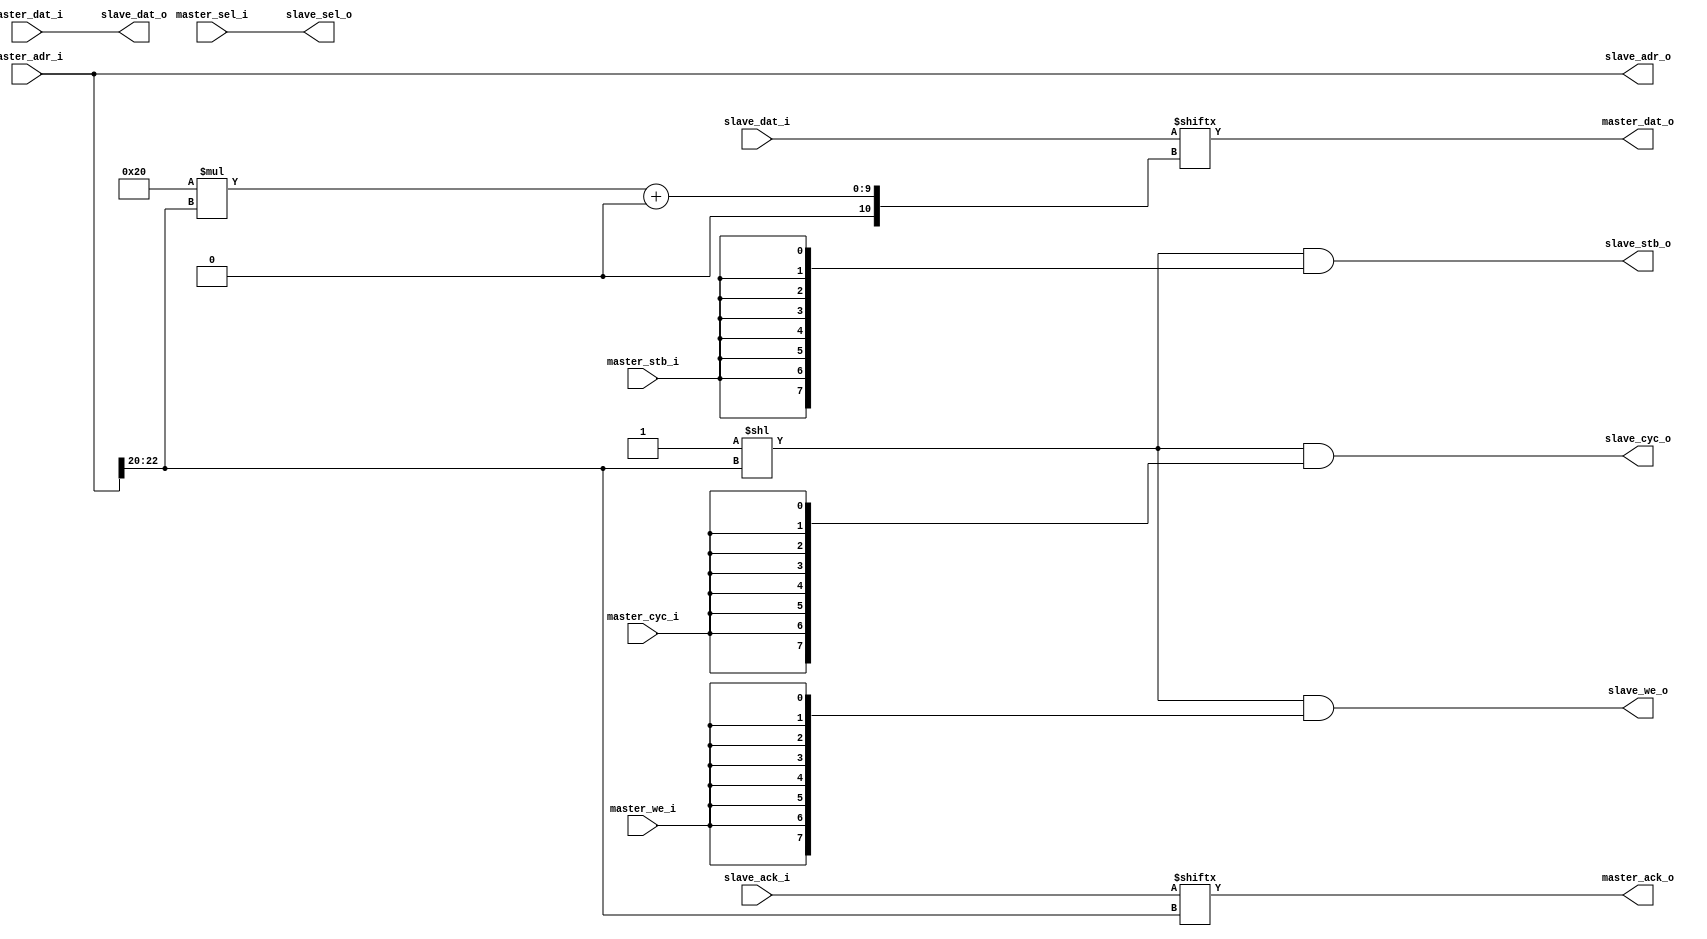
module intercon_wb #(
           parameter WB_DATA_WIDTH = 32,
           parameter WB_ADDR_WIDTH = 32,
           parameter WB_NUM_SLAVES = 8,
           parameter WB_NUM_SLAVES_BITS = 3,
           parameter SLAVE_ADDRESS_BITS = 20
       ) (
           // Wischbone master interface
           input wire [ WB_DATA_WIDTH - 1: 0 ] master_dat_i,
           input wire master_we_i ,
           input wire [ 3: 0 ] master_sel_i,
           input wire [ WB_ADDR_WIDTH - 1: 0 ] master_adr_i,
           input wire master_cyc_i,
           input wire master_stb_i,
           output reg [ WB_DATA_WIDTH - 1: 0 ] master_dat_o,
           output reg master_ack_o,

           // Wishbone slave interface
           output reg [ WB_DATA_WIDTH - 1: 0 ] slave_dat_o,
           output reg [ WB_NUM_SLAVES - 1: 0 ] slave_we_o ,
           output reg [ 3: 0 ] slave_sel_o,
           output reg [ WB_ADDR_WIDTH - 1: 0 ] slave_adr_o,
           output reg [ WB_NUM_SLAVES - 1: 0 ] slave_cyc_o,
           output reg [ WB_NUM_SLAVES - 1: 0 ] slave_stb_o,
           input wire [ WB_DATA_WIDTH * WB_NUM_SLAVES - 1: 0 ] slave_dat_i,
           input wire [ WB_NUM_SLAVES - 1: 0 ] slave_ack_i
       );

// Master / Slave Connection
reg [ WB_NUM_SLAVES - 1: 0 ] mask;
reg [ WB_NUM_SLAVES_BITS - 1 : 0 ] index;

always @( * ) begin
    // Address decoder
    index = master_adr_i[ SLAVE_ADDRESS_BITS + WB_NUM_SLAVES_BITS - 1 : SLAVE_ADDRESS_BITS ];
    mask = ( { WB_NUM_SLAVES{ 1'b0 } } + 1'b1 ) << index;

    // Set outputs to slave (from maser)
    slave_cyc_o = mask & { WB_NUM_SLAVES{ master_cyc_i } };
    slave_stb_o = mask & { WB_NUM_SLAVES{ master_stb_i } };
    slave_we_o = mask & { WB_NUM_SLAVES{ master_we_i } };

    slave_dat_o = master_dat_i;
    slave_sel_o = master_sel_i;
    slave_adr_o = master_adr_i;

    // Set outputs to master (from slave)
    master_dat_o = slave_dat_i[ WB_DATA_WIDTH * index +: WB_DATA_WIDTH ];
    master_ack_o = slave_ack_i[ index ];
end
endmodule